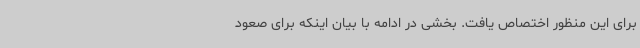
برای این منظور اختصاص یافت. بخشی در ادامه با بیان اینکه برای صعود